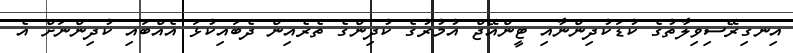
އިނގިރޭސިވިލާތުގެ ކުޑަކުދިންނާއި ޓީންއޭޖް އުމުރުގެ ކުދިންގެ ތެރެއިން ދެބައިކުޅަ އެއްބައި ކުދިންނަށް އެ